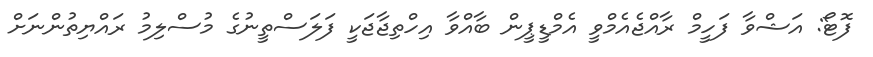
ފޮޓޯ: އަޝްވާ ފަހީމް ރާއްޖެއެމްވީ އެމްޑީޕީން ބާއްވާ އިހްތިޖާޖަކީ ފަލަސްތީނުގެ މުސްލިމު ރައްޔިތުންނަށް